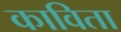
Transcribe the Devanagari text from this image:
काविता